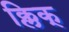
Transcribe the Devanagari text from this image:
क्लिक्